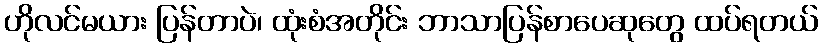
ဟိုလင်မယား ပြန်တာပဲ၊ ထုံးစံအတိုင်း ဘာသာပြန်စာပေဆုတွေ ထပ်ရတယ်